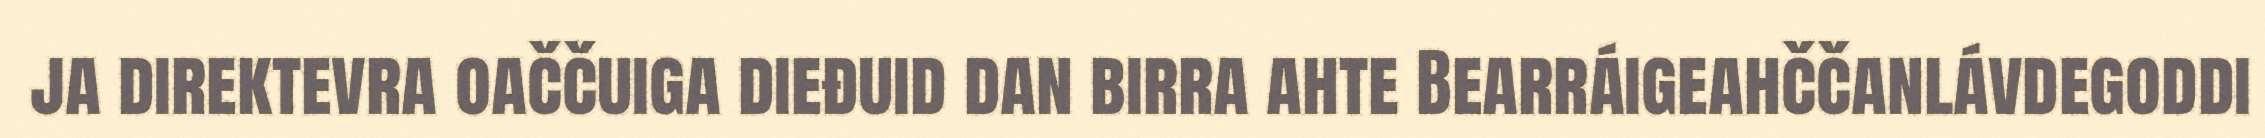
ja direktevra oaččuiga dieđuid dan birra ahte Bearráigeahččanlávdegoddi